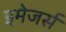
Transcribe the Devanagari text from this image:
इमेजर्स